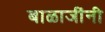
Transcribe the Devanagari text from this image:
बाळाजींनी